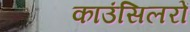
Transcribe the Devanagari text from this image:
काउंसिलरों